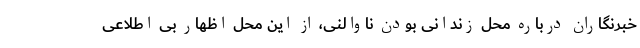
خبرنگاران درباره محل زندانی بودن ناوالنی، از این محل اظهار بی اطلاعی